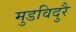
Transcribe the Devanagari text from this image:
मुडविदुरै